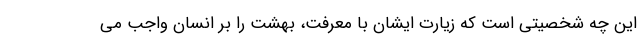
این چه شخصیتی است که زیارت ایشان با معرفت، بهشت را بر انسان واجب می